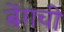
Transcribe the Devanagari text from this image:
बेंगची